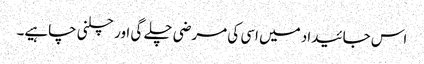
اس جائیداد میں اسی کی مرضی چلے گی اور چلنی چاہیے۔